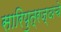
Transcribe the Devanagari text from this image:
सारिपुत्रज्ञचे